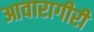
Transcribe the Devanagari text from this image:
आवारागीरी